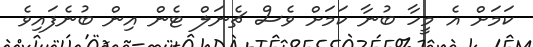
ކަމަށް އެ މީހާ ބުނާ ކަމަށް ވެސް ޗެނަލް ޓެން އިން ބުނެފައިވެ